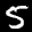
Label: 5